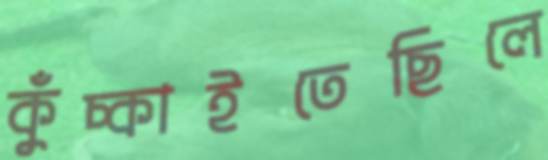
কুঁচ্‌কাইতেছিলে